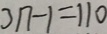
3 n - 1 = 1 1 0